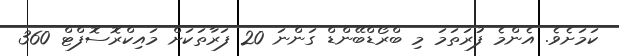
ކަމަށެވެ. އެންމެ ފުރަތަމަ މި ބްރޯޑްބޭންޑް ގަންނަ 20 ފަރާތަކަށް މައިކްރޮސޮފްޓް 360